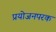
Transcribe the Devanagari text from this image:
प्रयोजनपरक